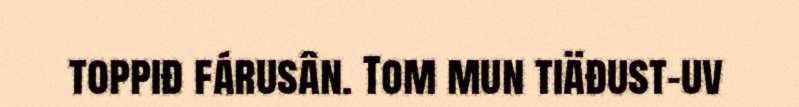
toppiđ fárusân. Tom mun tiäđust-uv